Report of the Municipal Commissioner on the plague in Bombay for the year ending 31st May... - Volume 2
Disease focus: Plague
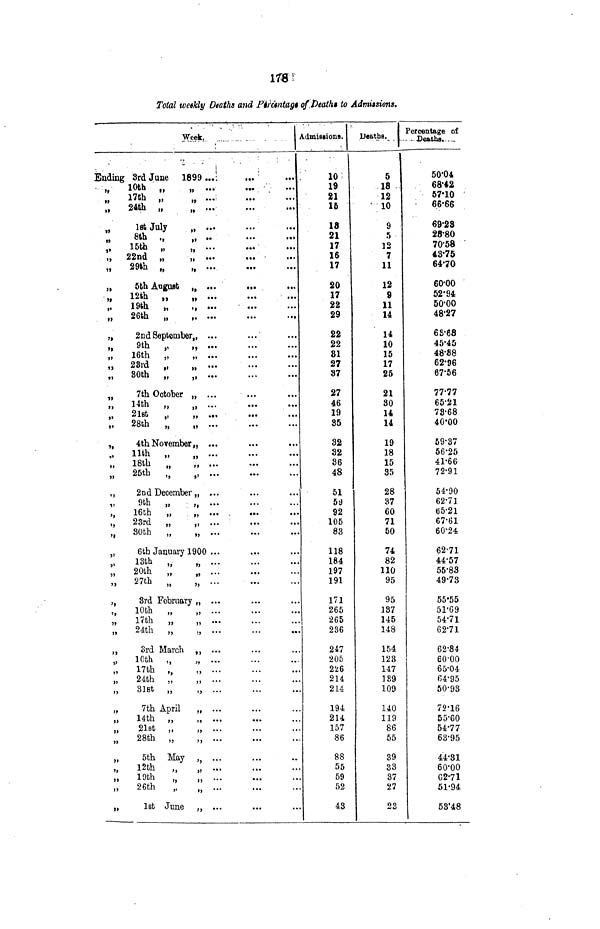
I78i
Total weekly Deaths and Ptiemtaj}iof:t)eath» to Admissions*
Week.
.
Ending
fy
99
»>
it
i>
i)
u
>t
»»
ti
t>
»
11
?>
•»
•»»
•j.
t>
)>
n
1»
,»
>i
«
i>
•»
>»
'>
»l
5>
}»
J>
»»
'1
5»
5J
»>
M
»
>J
»
>»
J>
)>
)»
»l
J)
5>
))
»»
}>
i
;
3rd June 1899 ...!
... '
10th
„
.„ ...
17th „
24th „
„
1st July
„ ...
8th i,
f>
..
...
.«k
15th „
„
22nd „
29th „
„
5th AaguBfc tt ...
...
...
12th „
19th
„
„ ...
26th
„
2nd September,, ...
9th
„
„
16th
„
„
28rd „
„
80th „
7th October „ ...
Hth
„
„
2lst
„
28th
„
4th November,, ...
Hth „
„
i8th „ ;;
25th
„
„
2nd December,, ...
9th „
„
16th
„
. „ ... ,
23rd „
„ ...
30th „
„
6th January 1900 ...
13th „
„
2oth „ ;;
27th „
„
3rd February „ ...
lObh „
„
17th
„
„ ...
24th „
„
3rd March ,, ...
10th f ,
„
17th „
„
24th „
„
SlBt
„
„ ...
7th April
„ ...
14th „
„
21st „
„
28th „
„
5th May ,
12th
„
M
19th
„
„
26th
„
„
1st June „ ...
AdmiBiions.
; 10 ;
19
21
15
18
21
17
16
17
20
17
22
29
22
22
81
27
37
27
46
19
85
32
32
36
48
51
5t)
92
105
83
118
184
197
191
171
265
265
286
247
205
226
214
214
194
214
157
86
88
55
59
52
48
n.a*>« 1 Percentage of
U«ath8. 1 .. Death,.... _
5
-18 -
12
• 10
9
5
12
7
11
12
9
11
14
14
10
15
17
25
21
80
U
14
19
18
15
35
28
87
60
71
50
74
82
110
95
95
187
145
148
154
123
147
189
109
140
119
86
55
39
33
37
27
23
50'04
68*42
57'10
6.6-66
69*23
28-80
70-58
43-75
64*70
60-00
52'94
50-00
48-27
6S-68
45*45
48-88
62-96
67-56
77-77
65'21
78'68
40-00
59'37
56-25
41-66
72-91
54-90
62-71
65-21
67-61
60^24
62-71
44-57
55-83
49-73
55'55
51-69
54-71
62-71
62-84
60-00
65-04
64-95
50-98
72-16
55-60
54-77
63-95
44-81
60-00
62-71
51-94
58'48